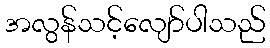
အလွန်သင့်လျော်ပါသည်